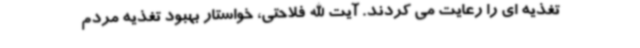
تغذیه ای را رعایت می کردند. آیت الله فلاحتی، خواستار بهبود تغذیه مردم